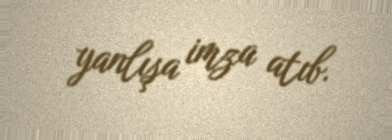
yanlışa imza atıb.